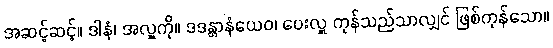
အဆင့်ဆင့်။ ဒါနံ၊ အလှူကို။ ဒဒန္တာနံယေဝ၊ ပေးလှူ ကုန်သည်သာလျှင် ဖြစ်ကုန်သော။